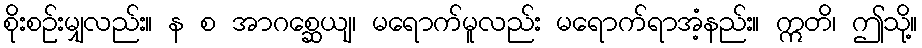
စိုးစဉ်းမျှလည်း။ န စ အာဂစ္ဆေယျ၊ မရောက်မူလည်း မရောက်ရာအံ့နည်း။ ဣတိ၊ ဤသို့။